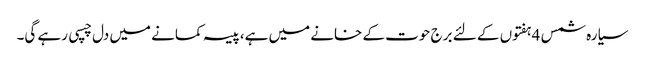
سیارہ شمس 4ہفتوں کے لئے برج حوت کے خانے میں ہے،پیسہ کمانے میں دل چسپی رہے گی۔